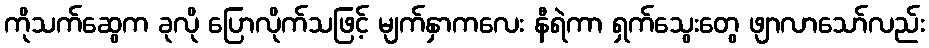
ကိုသက်ဆွေက ခုလို ပြောလိုက်သဖြင့် မျက်နှာကလေး နီရဲကာ ရှက်သွေးတွေ ဖျာလာသော်လည်း